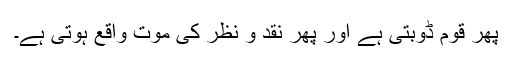
پھر قوم ڈوبتی ہے اور پھر نقد و نظر کی موت واقع ہوتی ہے۔